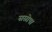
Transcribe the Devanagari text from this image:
ससोपा